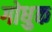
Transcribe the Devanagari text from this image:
गोधुक